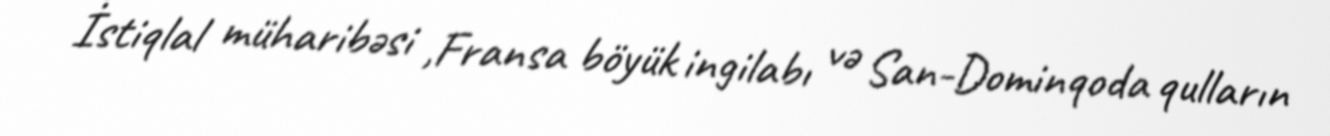
İstiqlal müharibəsi ,Fransa böyük ingilabı və San-Dominqoda qulların